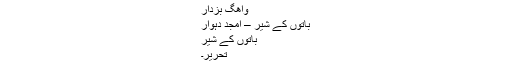
واھگ بزدار
باتوں کے شیر – امجد دہوار
باتوں کے شیر
تحریر۔